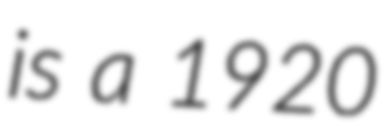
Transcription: is a 1920